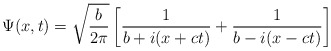
\begin{align*}\Psi(x, t) = \sqrt{\frac{b}{2\pi}}\left[\frac{1}{b + i(x + c t)} + \frac{1}{b - i(x - c t)}\right]\end{align*}